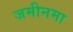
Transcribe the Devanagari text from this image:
जमीनमा